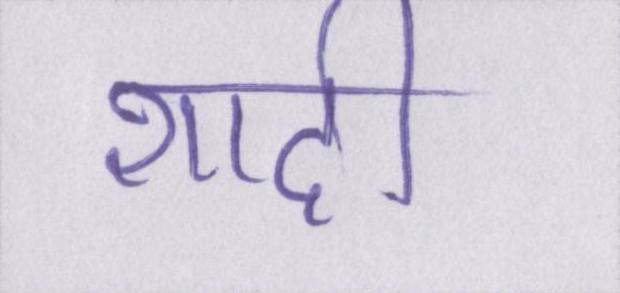
शादी